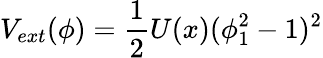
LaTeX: V_{ext}(\phi)={\frac{1}{2}}U(x)(\phi_{1}^{2}-1)^{2}